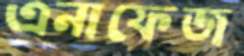
এনাফেজ